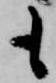
も